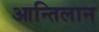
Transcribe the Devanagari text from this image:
आन्तिलान